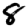
Digit: 8